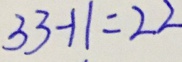
3 3 - 1 1 = 2 2